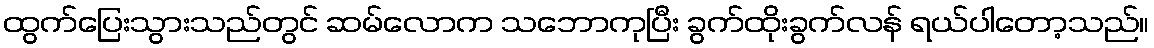
ထွက်ပြေးသွားသည်တွင် ဆမ်လောက သဘောကုပြီး ခွက်ထိုးခွက်လန် ရယ်ပါတော့သည်။